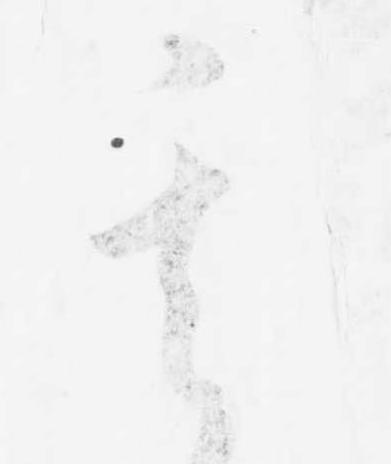
其